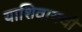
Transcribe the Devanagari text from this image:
याशिवायची